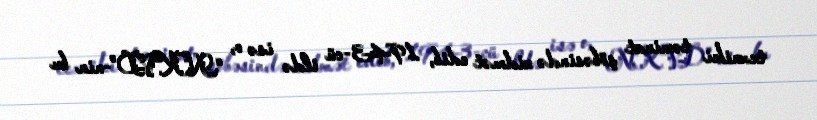
texniki təminat şöbəsində xidmət edib, 1943-cü ildə isə o, “NKVD”-nin bu